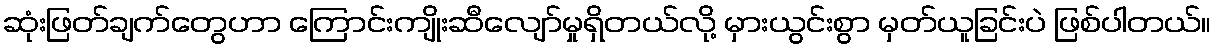
ဆုံးဖြတ်ချက်တွေဟာ ကြောင်းကျိုးဆီလျော်မှုရှိတယ်လို့ မှားယွင်းစွာ မှတ်ယူခြင်းပဲ ဖြစ်ပါတယ်။